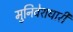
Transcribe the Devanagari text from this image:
मुनिवेशधारी